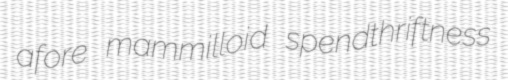
afore mammilloid spendthriftness